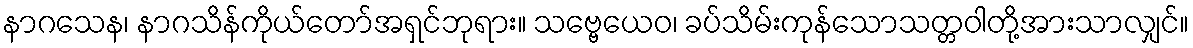
နာဂသေန၊ နာဂသိန်ကိုယ်တော်အရှင်ဘုရား။ သဗ္ဗေယေဝ၊ ခပ်သိမ်းကုန်သောသတ္တဝါတို့အားသာလျှင်။